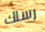
رسلك